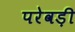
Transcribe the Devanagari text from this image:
परेवड़ी